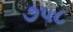
૭૫૮